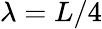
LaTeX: \lambda=L/4